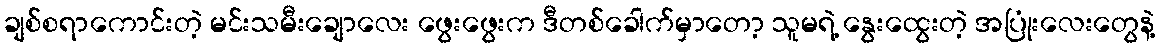
ချစ်စရာကောင်းတဲ့ မင်းသမီးချောလေး ဖွေးဖွေးက ဒီတစ်ခေါက်မှာတော့ သူမရဲ့ နွေးထွေးတဲ့ အပြုံးလေးတွေနဲ့